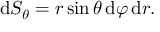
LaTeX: \mathrm { d } S _ { \theta } = r \sin \theta \, \mathrm { d } \varphi \, \mathrm { d } r .